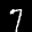
Label: 7